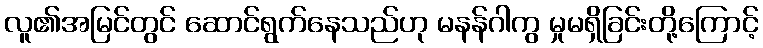
လူ၏အမြင်တွင် ဆောင်ရွက်နေသည်ဟု မနန်ဂါကွ မှုမရှိခြင်းတို့ကြောင့်